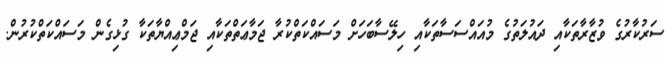
ސަރުކާރުގެ ވުޒާރާތަކާއި ދައުލަތުގެ މުއައްސަސާތަކާއި ހިލޭސާބަހަށް މަސައްކަތްކުރާ ޖަމާޢަތްތަކާއި ޖަމްޢިއްޔާތަކާ ގުޅިގެން މަސައްކަތްކުރުން.